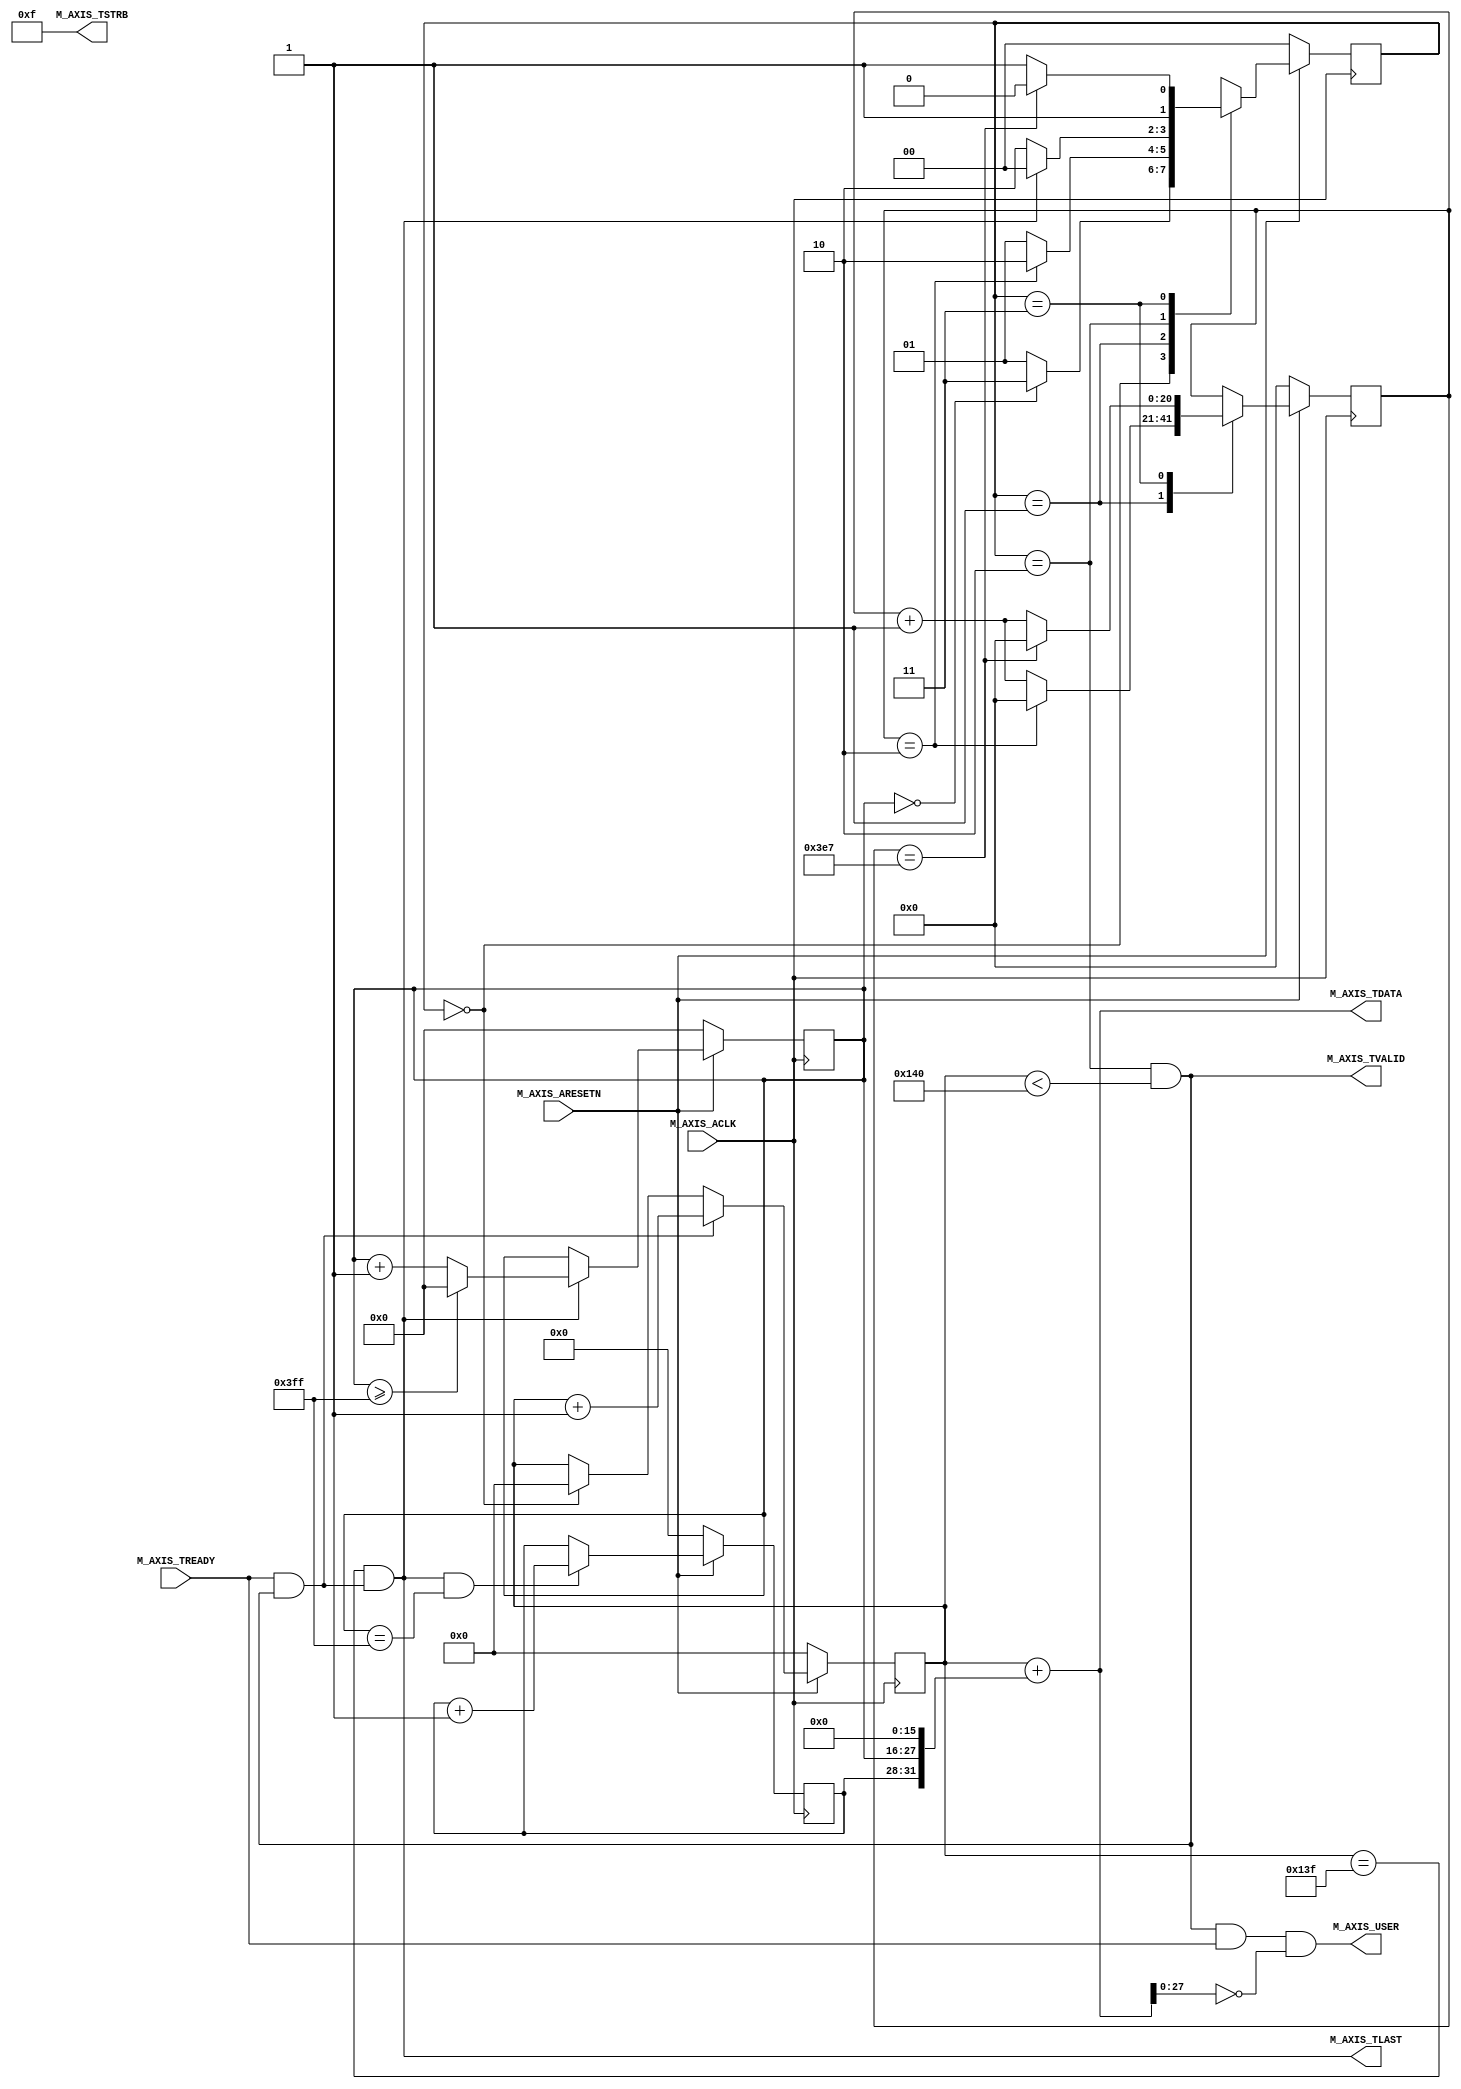
module maxis_v1_0_M00_AXIS #(
	// Width of S_AXIS address bus. The slave accepts the read and write addresses of width C_M_AXIS_TDATA_WIDTH.
		parameter integer	C_M_AXIS_TDATA_WIDTH = 32
	// Start count is the number of clock cycles the master will wait before initiating/issuing any transaction.
	,	parameter integer 	C_M_START_COUNT = 3
    ,   parameter 			PIXELS_HORIZONTAL = 1280
    ,   parameter 			PIXELS_VERTICAL = 1024
)(
	// Global ports
	input wire M_AXIS_ACLK,
	//
	input wire M_AXIS_ARESETN,
	// Master Stream Ports. TVALID indicates that the master is driving a valid transfer, A transfer takes place when both TVALID and TREADY are asserted.
	output wire M_AXIS_TVALID,
	// TDATA is the primary payload that is used to provide the data that is passing across the interface from the master.
	output wire [C_M_AXIS_TDATA_WIDTH-1 : 0] M_AXIS_TDATA,
	// TSTRB is the byte qualifier that indicates whether the content of the associated byte of TDATA is processed as a data byte or a position byte.
	output wire [(C_M_AXIS_TDATA_WIDTH/8)-1 : 0] M_AXIS_TSTRB,
	// TLAST indicates the boundary of a packet.
	output wire M_AXIS_TLAST,
	// TREADY indicates that the slave can accept a transfer in the current cycle.
	input wire M_AXIS_TREADY,

	output wire M_AXIS_USER
);

reg     [3:0]   frame_cnt;
reg     [11:0]  vertical_cnt;

assign M_AXIS_USER = M_AXIS_TVALID & M_AXIS_TREADY & (M_AXIS_TDATA[27:0] == 0);
// Total number of output data
localparam NUMBER_OF_OUTPUT_WORDS = PIXELS_HORIZONTAL/4;
// function called clogb2 that returns an integer which has the 
// value of the ceiling of the log base 2.
function integer clogb2 (input integer bit_depth);
begin
for(clogb2=0; bit_depth>0; clogb2=clogb2+1)
	bit_depth = bit_depth >> 1;
end
endfunction // WAIT_COUNT_BITS is the width of the wait counter.
localparam integer WAIT_COUNT_BITS = clogb2(C_M_START_COUNT-1);
// bit_num gives the minimum number of bits needed to address 'depth' size of FIFO.
localparam bit_num = clogb2(NUMBER_OF_OUTPUT_WORDS);
// Define the states of state machine 
// The control state machine oversees the writing of input streaming data to the FIFO,
// and outputs the streaming data from the FIFO
parameter [1:0] IDLE 			= 2'b00, 	// This is the initial/idle state
				INIT_COUNTER 	= 2'b01, 	// This state initializes the counter, once 
											// the counter reaches C_M_START_COUNT count,
											// the state machine changes state to SEND_STREAM
				SEND_STREAM 	= 2'b10, 	// In this state the 
											// stream data is output through M_AXIS_TDATA
											// State variable
				FRAME_INTERVAL = 2'b11;

reg [1:0] mst_exec_state;
// Example design FIFO read pointer
reg [bit_num-1:0] read_pointer;
// AXI Stream internal signals 
//wait counter. The master waits for the user defined number of clock cycles before initiating a transfer.
reg [20 : 0] count;
//streaming data valid 
wire axis_tvalid;
//Last of the streaming data 
wire axis_tlast; 
wire tx_en;
//The master has issued all the streaming data stored in FIFO
wire tx_done;
// I/O Connections assignments 
assign M_AXIS_TVALID 	= axis_tvalid;
assign M_AXIS_TDATA 	= read_pointer+{frame_cnt,vertical_cnt,16'h0};
assign M_AXIS_TLAST 	= axis_tlast;
assign M_AXIS_TSTRB 	= {(C_M_AXIS_TDATA_WIDTH/8){1'b1}};
// Control state machine implementation
always @(posedge M_AXIS_ACLK)begin
	if (!M_AXIS_ARESETN)
	// Synchronous reset (active low)
	begin 
		mst_exec_state <= IDLE;
		count <= 0;
	end
	else begin
		case (mst_exec_state)
			IDLE: 
				if (vertical_cnt == 0)
					mst_exec_state <= FRAME_INTERVAL;
				else 
					mst_exec_state <= INIT_COUNTER;
			INIT_COUNTER:
				// The slave starts accepting tdata when 
				// there tvalid is asserted to mark the 
				// presence of valid streaming data
				if ( count == C_M_START_COUNT - 1 )	begin 
					mst_exec_state <= SEND_STREAM;
					count <= 0;
				end
				else begin
					count <= count + 1; 
					mst_exec_state <= INIT_COUNTER;
				end
			SEND_STREAM:
				// The example design streaming master functionality starts // when the master drives output tdata from the FIFO and the slave // has finished storing the S_AXIS_TDATA
				if(tx_done) begin 
					mst_exec_state <= IDLE;
				end
				else begin 
					mst_exec_state <= SEND_STREAM;
				end
			FRAME_INTERVAL:
				// The slave starts accepting tdata when 
				// there tvalid is asserted to mark the 
				// presence of valid streaming data
				if ( count == 1000 - 1 )	begin 
					mst_exec_state <= SEND_STREAM;
					count <= 0;
				end
				else begin
					count <= count + 1; 
					mst_exec_state <= FRAME_INTERVAL;
				end
		endcase
	end
end
//tvalid generation 
//axis_tvalid is asserted when the control state machine's state is SEND_STREAM and
//number of output streaming data is less than the NUMBER_OF_OUTPUT_WORDS.
assign axis_tvalid = ((mst_exec_state == SEND_STREAM) && (read_pointer < NUMBER_OF_OUTPUT_WORDS));
// AXI tlast generation
assign axis_tlast = (read_pointer == NUMBER_OF_OUTPUT_WORDS - 1'b1) && tx_en;
assign tx_done = axis_tlast;
//FIFO read enable generation
assign tx_en = M_AXIS_TREADY && axis_tvalid;
//Streaming output data is read from FIFO
always @( posedge M_AXIS_ACLK )begin
	if(!M_AXIS_ARESETN)	begin
		read_pointer <= 0;
	end
	else if (tx_en)	begin
		read_pointer <= read_pointer + 32'b1;
	end
	else if(mst_exec_state == IDLE) begin
		read_pointer <= 0;
	end
end


always@(posedge M_AXIS_ACLK) begin
    if(!M_AXIS_ARESETN) begin
        vertical_cnt   <=  0;
    end
    else if(M_AXIS_TLAST)begin
        vertical_cnt   <=  (vertical_cnt >= PIXELS_VERTICAL - 1) ? 0 : (vertical_cnt + 1);
    end
end

always@(posedge M_AXIS_ACLK) begin
    if(!M_AXIS_ARESETN) begin
        frame_cnt   <=  0;
    end
    else if(M_AXIS_TLAST & (vertical_cnt == PIXELS_VERTICAL - 1)) begin
        frame_cnt   <=  frame_cnt + 1;
    end
end

endmodule